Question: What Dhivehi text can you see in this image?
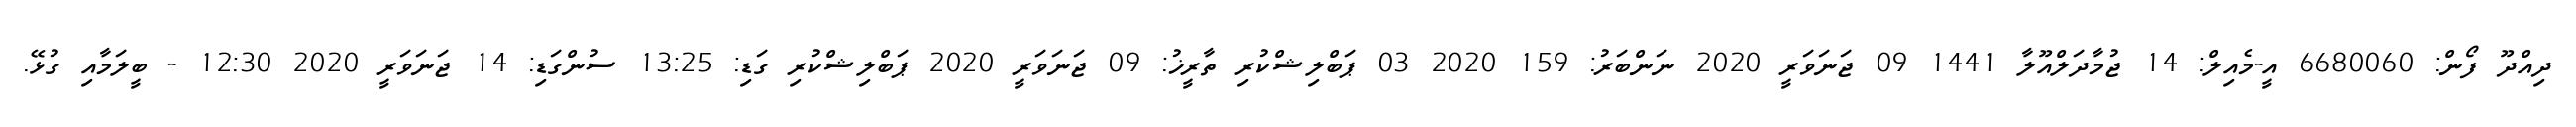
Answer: ދިއްދޫ ފޯން: 6680060 އީ-މެއިލް: 14 ޖުމާދަލްއޫލާ 1441 09 ޖަނަވަރީ 2020 ނަންބަރު: 159 2020 03 ޕަބްލިޝްކުރި ތާރީޚު: 09 ޖަނަވަރީ 2020 ޕަބްލިޝްކުރި ގަޑި: 13:25 ސުންގަޑި: 14 ޖަނަވަރީ 2020 12:30 - ބީލަމާއި ގުޅޭ.